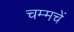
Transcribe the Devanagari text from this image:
चम्मचें